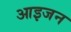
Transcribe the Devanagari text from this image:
आइजन